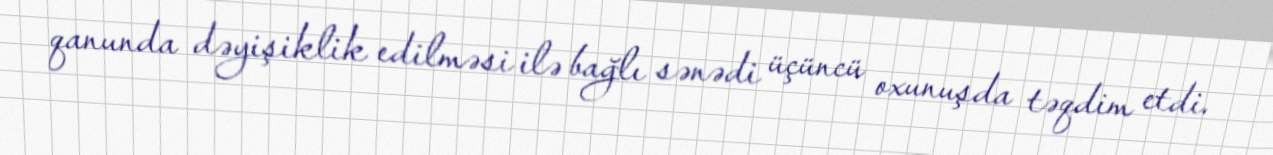
qanunda dəyişiklik edilməsi ilə bağlı sənədi üçüncü oxunuşda təqdim etdi.